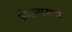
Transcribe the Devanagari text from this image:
प्रोढ़ावस्था